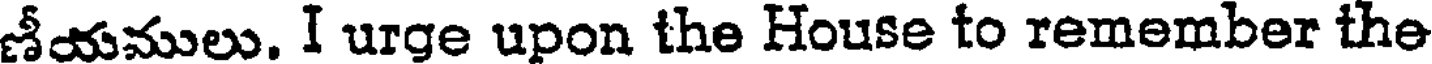
ణీయములు. I urge upon the House to remember the